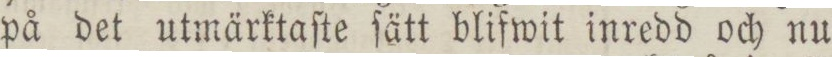
på det utmärktaſte ſätt blifwit inredd och nu